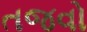
તજવો